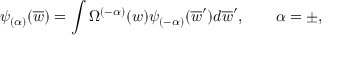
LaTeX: \psi _ { ( \alpha ) } ( \overline { { { w } } } ) = \int \Omega ^ { ( - \alpha ) } ( w ) \psi _ { ( - \alpha ) } ( \overline { { { w } } } ^ { \prime } ) d \overline { { { w } } } ^ { \prime } , \qquad \alpha = \pm ,